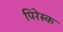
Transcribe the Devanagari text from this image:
पिरेस्क